Civil Veterinary Dept. Assam report 1927-50 - 1927-1950
Year: 1927
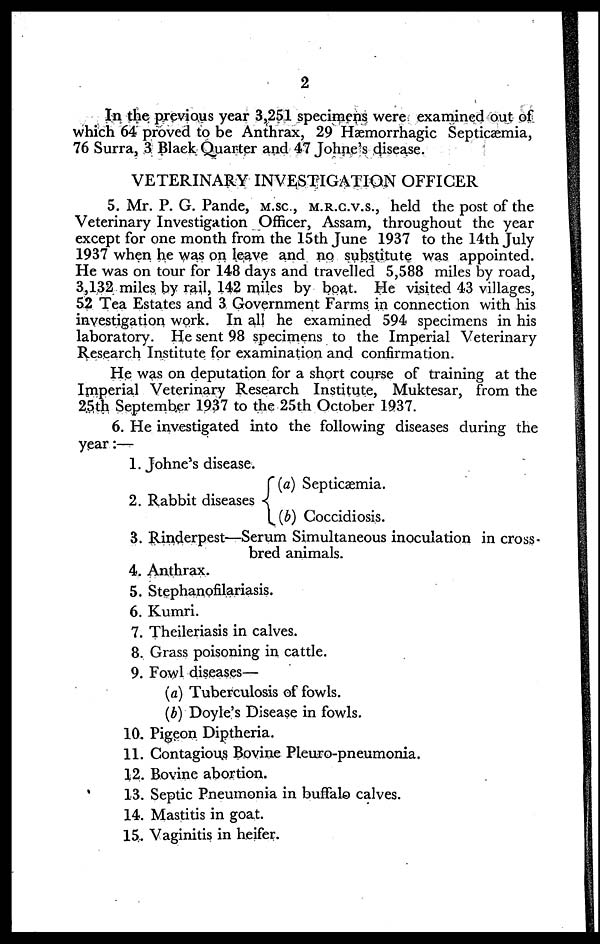
2
In the previous year 3,251 specimens were examined out of
which 64 proved to be Anthrax, 29 Hæmorrhagic Septicaemia,
76 Surra, 3 Black Quarter and 47 Johne's disease.
VETERINARY INVESTIGATION OFFICER
5. Mr. P. G. Pande, M.SC, M.R.C.V.S., held the post of the
Veterinary Investigation Officer, Assam, throughout the year
except for one month from the 15th June 1937 to the 14th July
1937 when he was on leave and no substitute was appointed.
He was on tour for 148 days and travelled 5,588 miles by road,
3,132 miles by rail, 142 miles by boat. He visited 43 villages,
5.2 Tea Estates and 3 Government Farms in connection with his
investigation work. In all he examined 594 specimens in his
laboratory. He sent 98 specimens to the Imperial Veterinary
Research Institute for examination and confirmation.
He was on deputation for a short course of training at the
Imperial Veterinary Research Institute, Muktesar, from the
25th September 1937 to the 25th October 1937.
6. He investigated into the following diseases during the
year:—
1. Johne's disease.
2. Rabbit diseases
(a) Septicaemia.
(b) Coccidiosis.
3. Rinderpest—Serum Simultaneous inoculation in cross-
bred animals.
4. Anthrax.
5. Stephanofilariasis.
6. Kumri.
7. Theileriasis in calves.
8. Grass poisoning in cattle.
9. Fowl diseases—
(a) Tuberculosis of fowls.
(b) Doyle's Disease in fowls.
10. Pigeon Diptheria.
11. Contagious Bovine Pleuro-pneumonia.
12. Bovine abortion.
13. Septic Pneumonia in buffalo calves.
14. Mastitis in goat.
15. Vaginitis in heifer.